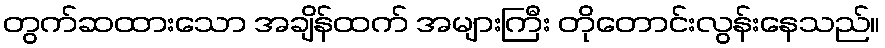
တွက်ဆထားသော အချိန်ထက် အများကြီး တိုတောင်းလွန်းနေသည်။